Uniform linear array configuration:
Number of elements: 48
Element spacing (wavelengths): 1
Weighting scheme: hamming
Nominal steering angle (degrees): -15
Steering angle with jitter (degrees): -14.893
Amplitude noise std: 0.05
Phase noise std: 0.05

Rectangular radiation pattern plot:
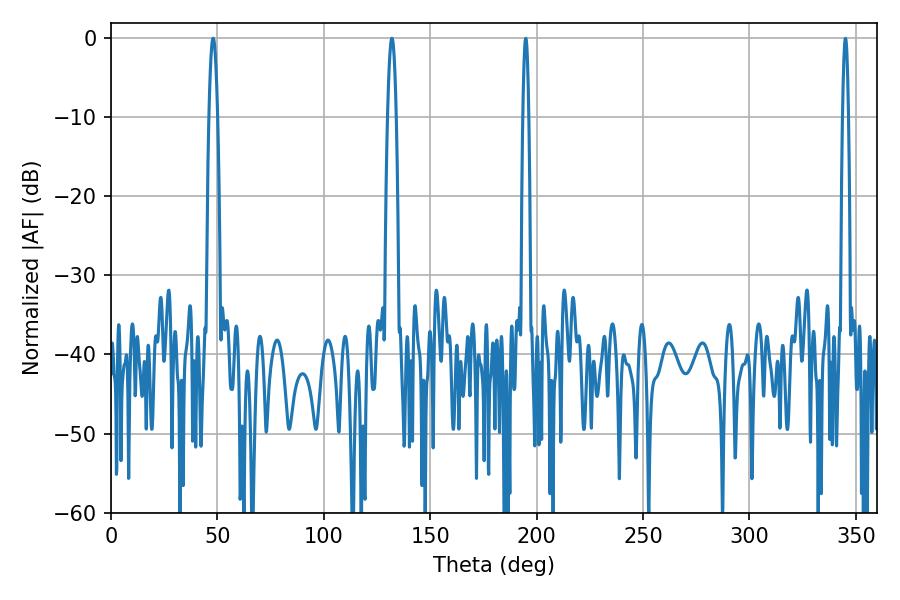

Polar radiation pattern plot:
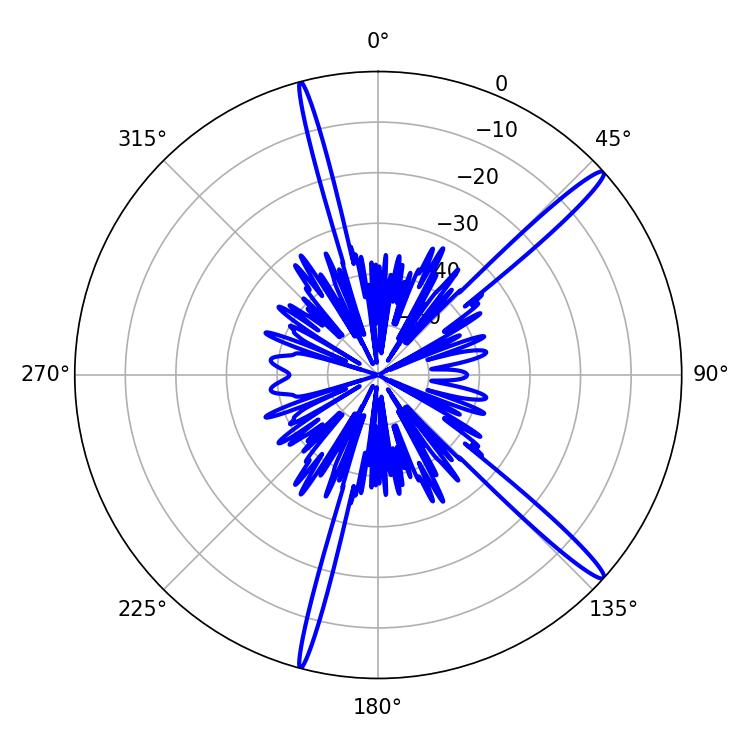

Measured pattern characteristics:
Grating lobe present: TRUE
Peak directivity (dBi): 16.149
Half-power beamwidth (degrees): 2.16
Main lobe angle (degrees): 48.06